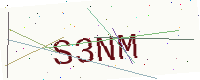
Text: S3NM